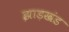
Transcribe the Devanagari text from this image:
झाड़खंड